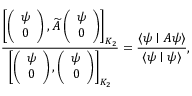
\frac { \left[ \left( \begin{array} { c } { { \psi } } \\ { { 0 } } \end{array} \right) , \widetilde { A } \left( \begin{array} { c } { { \psi } } \\ { { 0 } } \end{array} \right) \right] _ { { \cal K } _ { 2 } } } { \left[ \left( \begin{array} { c } { { \psi } } \\ { { 0 } } \end{array} \right) , \left( \begin{array} { c } { { \psi } } \\ { { 0 } } \end{array} \right) \right] _ { { \cal K } _ { 2 } } } = \frac { \langle \psi \mid A \psi \rangle } { \langle \psi \mid \psi \rangle } ,